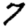
Digit: 7